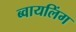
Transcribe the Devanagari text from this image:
ब्वायलिंग